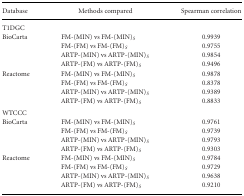
<table><thead><tr><td><b>Database</b></td><td><b>Methods compared</b></td><td><b>Spearman correlation</b></td></tr></thead><tbody><tr><td colspan="3">T1DGC</td></tr><tr><td>BioCarta</td><td>FM-(MIN) vs FM-(MIN)<sub><i>S</i></sub></td><td>0.9939</td></tr><tr><td></td><td>FM-(FM) vs FM-(FM)<sub><i>S</i></sub></td><td>0.9755</td></tr><tr><td></td><td>ARTP-(MIN) vs ARTP-(MIN)<sub><i>S</i></sub></td><td>0.9854</td></tr><tr><td></td><td>ARTP-(FM) vs ARTP-(FM)<sub><i>S</i></sub></td><td>0.9496</td></tr><tr><td>Reactome</td><td>FM-(MIN) vs FM-(MIN)<sub><i>S</i></sub></td><td>0.9878</td></tr><tr><td></td><td>FM-(FM) vs FM-(FM)<sub><i>S</i></sub></td><td>0.8378</td></tr><tr><td></td><td>ARTP-(MIN) vs ARTP-(MIN)<sub><i>S</i></sub></td><td>0.9389</td></tr><tr><td></td><td>ARTP-(FM) vs ARTP-(FM)<sub><i>S</i></sub></td><td>0.8833</td></tr><tr><td colspan="3">WTCCC</td></tr><tr><td>BioCarta</td><td>FM-(MIN) vs FM-(MIN)<sub><i>S</i></sub></td><td>0.9761</td></tr><tr><td></td><td>FM-(FM) vs FM-(FM)<sub><i>S</i></sub></td><td>0.9739</td></tr><tr><td></td><td>ARTP-(MIN) vs ARTP-(MIN)<sub><i>S</i></sub></td><td>0.9793</td></tr><tr><td></td><td>ARTP-(FM) vs ARTP-(FM)<sub><i>S</i></sub></td><td>0.9303</td></tr><tr><td>Reactome</td><td>FM-(MIN) vs FM-(MIN)<sub><i>S</i></sub></td><td>0.9784</td></tr><tr><td></td><td>FM-(FM) vs FM-(FM)<sub><i>S</i></sub></td><td>0.9729</td></tr><tr><td></td><td>ARTP-(MIN) vs ARTP-(MIN)<sub><i>S</i></sub></td><td>0.9638</td></tr><tr><td></td><td>ARTP-(FM) vs ARTP-(FM)<sub><i>S</i></sub></td><td>0.9210</td></tr></tbody></table>